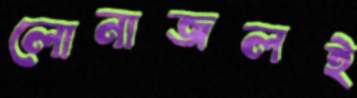
লোনাজলই